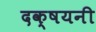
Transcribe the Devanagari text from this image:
दक्षयनी